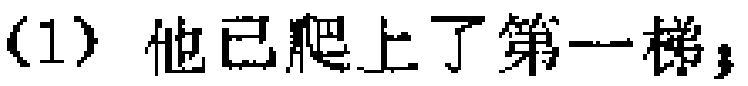
（1）他已爬上了第一梯；